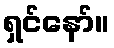
ရှင်နော်။